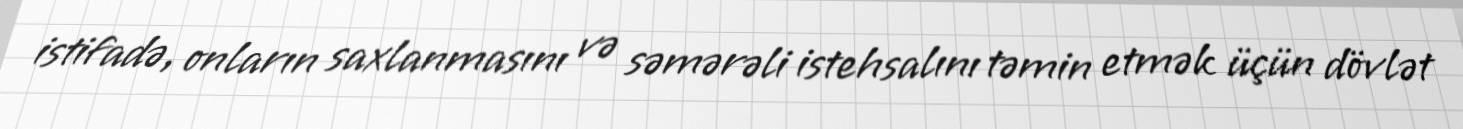
istifadə, onların saxlanmasını və səmərəli istehsalını təmin etmək üçün dövlət